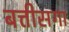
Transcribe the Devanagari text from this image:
बत्तीसगा